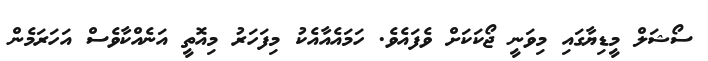
ސޯޝަލް މީޑިޔާގައި މިވަނީ ޖޯކަކަށް ވެފައެވެ. ހަމައެއާއެކު މިފަހަރު މިއޮތީ އަނެއްކާވެސް އަހަރަމެން